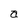
Character: a